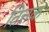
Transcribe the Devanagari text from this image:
तित्तक